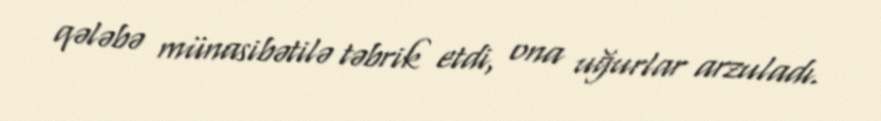
qələbə münasibətilə təbrik etdi, ona uğurlar arzuladı.